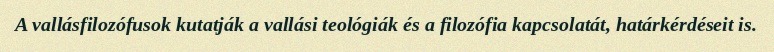
A vallásfilozófusok kutatják a vallási teológiák és a filozófia kapcsolatát, határkérdéseit is.